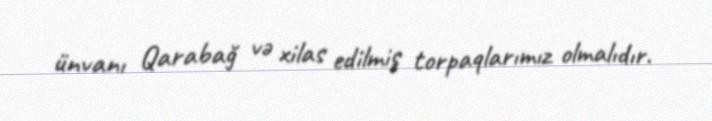
ünvanı Qarabağ və xilas edilmiş torpaqlarımız olmalıdır.